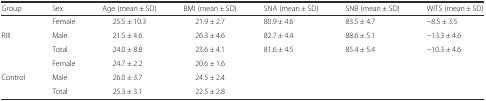
<table><thead><tr><td><b>Group</b></td><td><b>Sex</b></td><td><b>Age (mean ± SD)</b></td><td><b>BMI (mean ± SD)</b></td><td><b>SNA (mean ± SD)</b></td><td><b>SNB (mean ± SD)</b></td><td><b>WITS (mean ± SD)</b></td></tr></thead><tbody><tr><td></td><td>Female</td><td>25.5 ± 10.3</td><td>21.9 ± 2.7</td><td>80.9 ± 4.6</td><td>83.5 ± 4.7</td><td>−8.5 ± 3.5</td></tr><tr><td>RIII</td><td>Male</td><td>21.5 ± 4.6</td><td>26.3 ± 4.6</td><td>82.7 ± 4.4</td><td>88.6 ± 5.1</td><td>−13.3 ± 4.6</td></tr><tr><td></td><td>Total</td><td>24.0 ± 8.8</td><td>23.6 ± 4.1</td><td>81.6 ± 4.5</td><td>85.4 ± 5.4</td><td>−10.3 ± 4.6</td></tr><tr><td></td><td>Female</td><td>24.7 ± 2.2</td><td>20.6 ± 1.6</td><td></td><td></td><td></td></tr><tr><td>Control</td><td>Male</td><td>26.0 ± 3.7</td><td>24.5 ± 2.4</td><td></td><td></td><td></td></tr><tr><td></td><td>Total</td><td>25.3 ± 3.1</td><td>22.5 ± 2.8</td><td></td><td></td><td></td></tr></tbody></table>